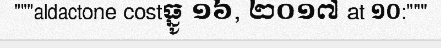
"""aldactone costធ្នូ ១៦, ២០១៧ at ១០:"""